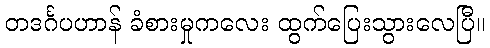
တဒင်္ဂပဟာန် ခံစားမှုကလေး ထွက်ပြေးသွားလေပြီ။